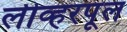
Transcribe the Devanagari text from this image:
लीव्हरपूल